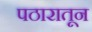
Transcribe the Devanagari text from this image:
पठारातून